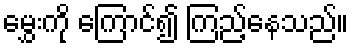
မွှေးကို ကြောင်၍ ကြည့်နေသည်။